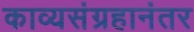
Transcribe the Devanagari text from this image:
काव्यसंग्रहानंतर